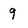
Character: 9